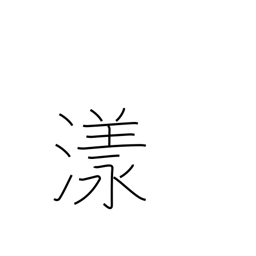
Meaning: drift